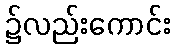
၌လည်းကောင်း